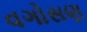
વગોસણ